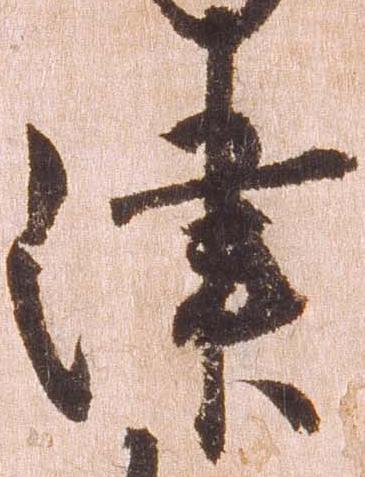
津